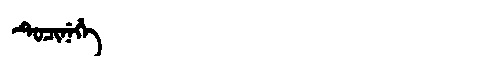
Manchu: ᡨᡠᠴᡳᠨᡝᡥᡝ
Romanization: TUCINEHE